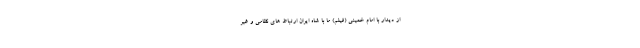
از دیدار با امام خمینی (فیلم) ما با شاه ایران ارتباط های نظامی و غیر